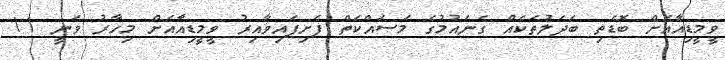
ވީމީޑިއާއަށް ބޮޑެތި ބަދަލުތަކެއް ގެނައުމުގެ މަސައްކަތް ފެށިފައިވާއިރު ވީމީޑިއާއަށް މިހާރު ވަނީ 11